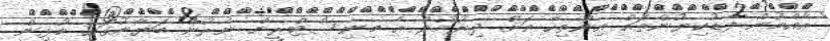
އާއްމުން ފާޑުކިޔުންތައް އިންތިހާ އަށް ދިޔުމުން އެ މިނިސްޓްރީން ނެރުނު ބަޔާނުގައި މުޅިން